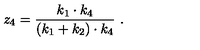
z _ { 4 } = \frac { k _ { 1 } \cdot k _ { 4 } } { ( k _ { 1 } + k _ { 2 } ) \cdot k _ { 4 } } \ .